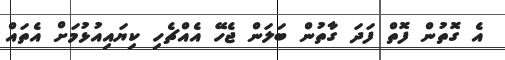
އެ ގޮތުން ފޮތް ފަދަ ގާތުން ބަލަން ޖެހޭ އެއްޗެހި ކިޔައިއުޅުމަށް އެތައް